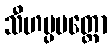
သီဟပ္ပမတ္တော